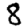
Digit: 8